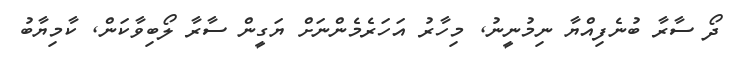
ދޯ ސާރާ ބުނެފިއްޔާ ނިމުނީނު